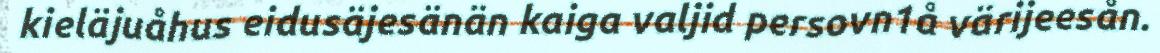
kieläjuåhus eidusäjesänän kaiga valjid persovn1å värijeesån.